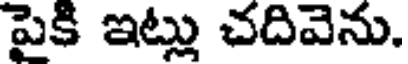
పైకి ఇట్లు చదివెను.